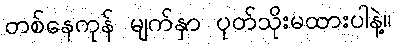
တစ်နေကုန် မျက်နှာ ပုတ်သိုးမထားပါနဲ့။